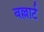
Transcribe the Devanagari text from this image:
बल्लार्ट